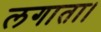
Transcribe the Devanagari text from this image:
लगाता।